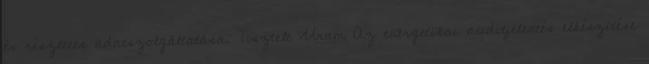
és részletes adatszolgáltatása. Tisztelt Uram Az energetikai auditjelentés elkészítése